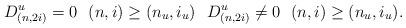
LaTeX: \begin{align*} ~D^{u}_{(n,2i)}=0~~(n,i)\geq (n_u,i_u)~~ D^{u}_{(n,2i)}\neq0~~(n,i)\geq (n_u,i_u). \end{align*}